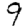
Digit: 9